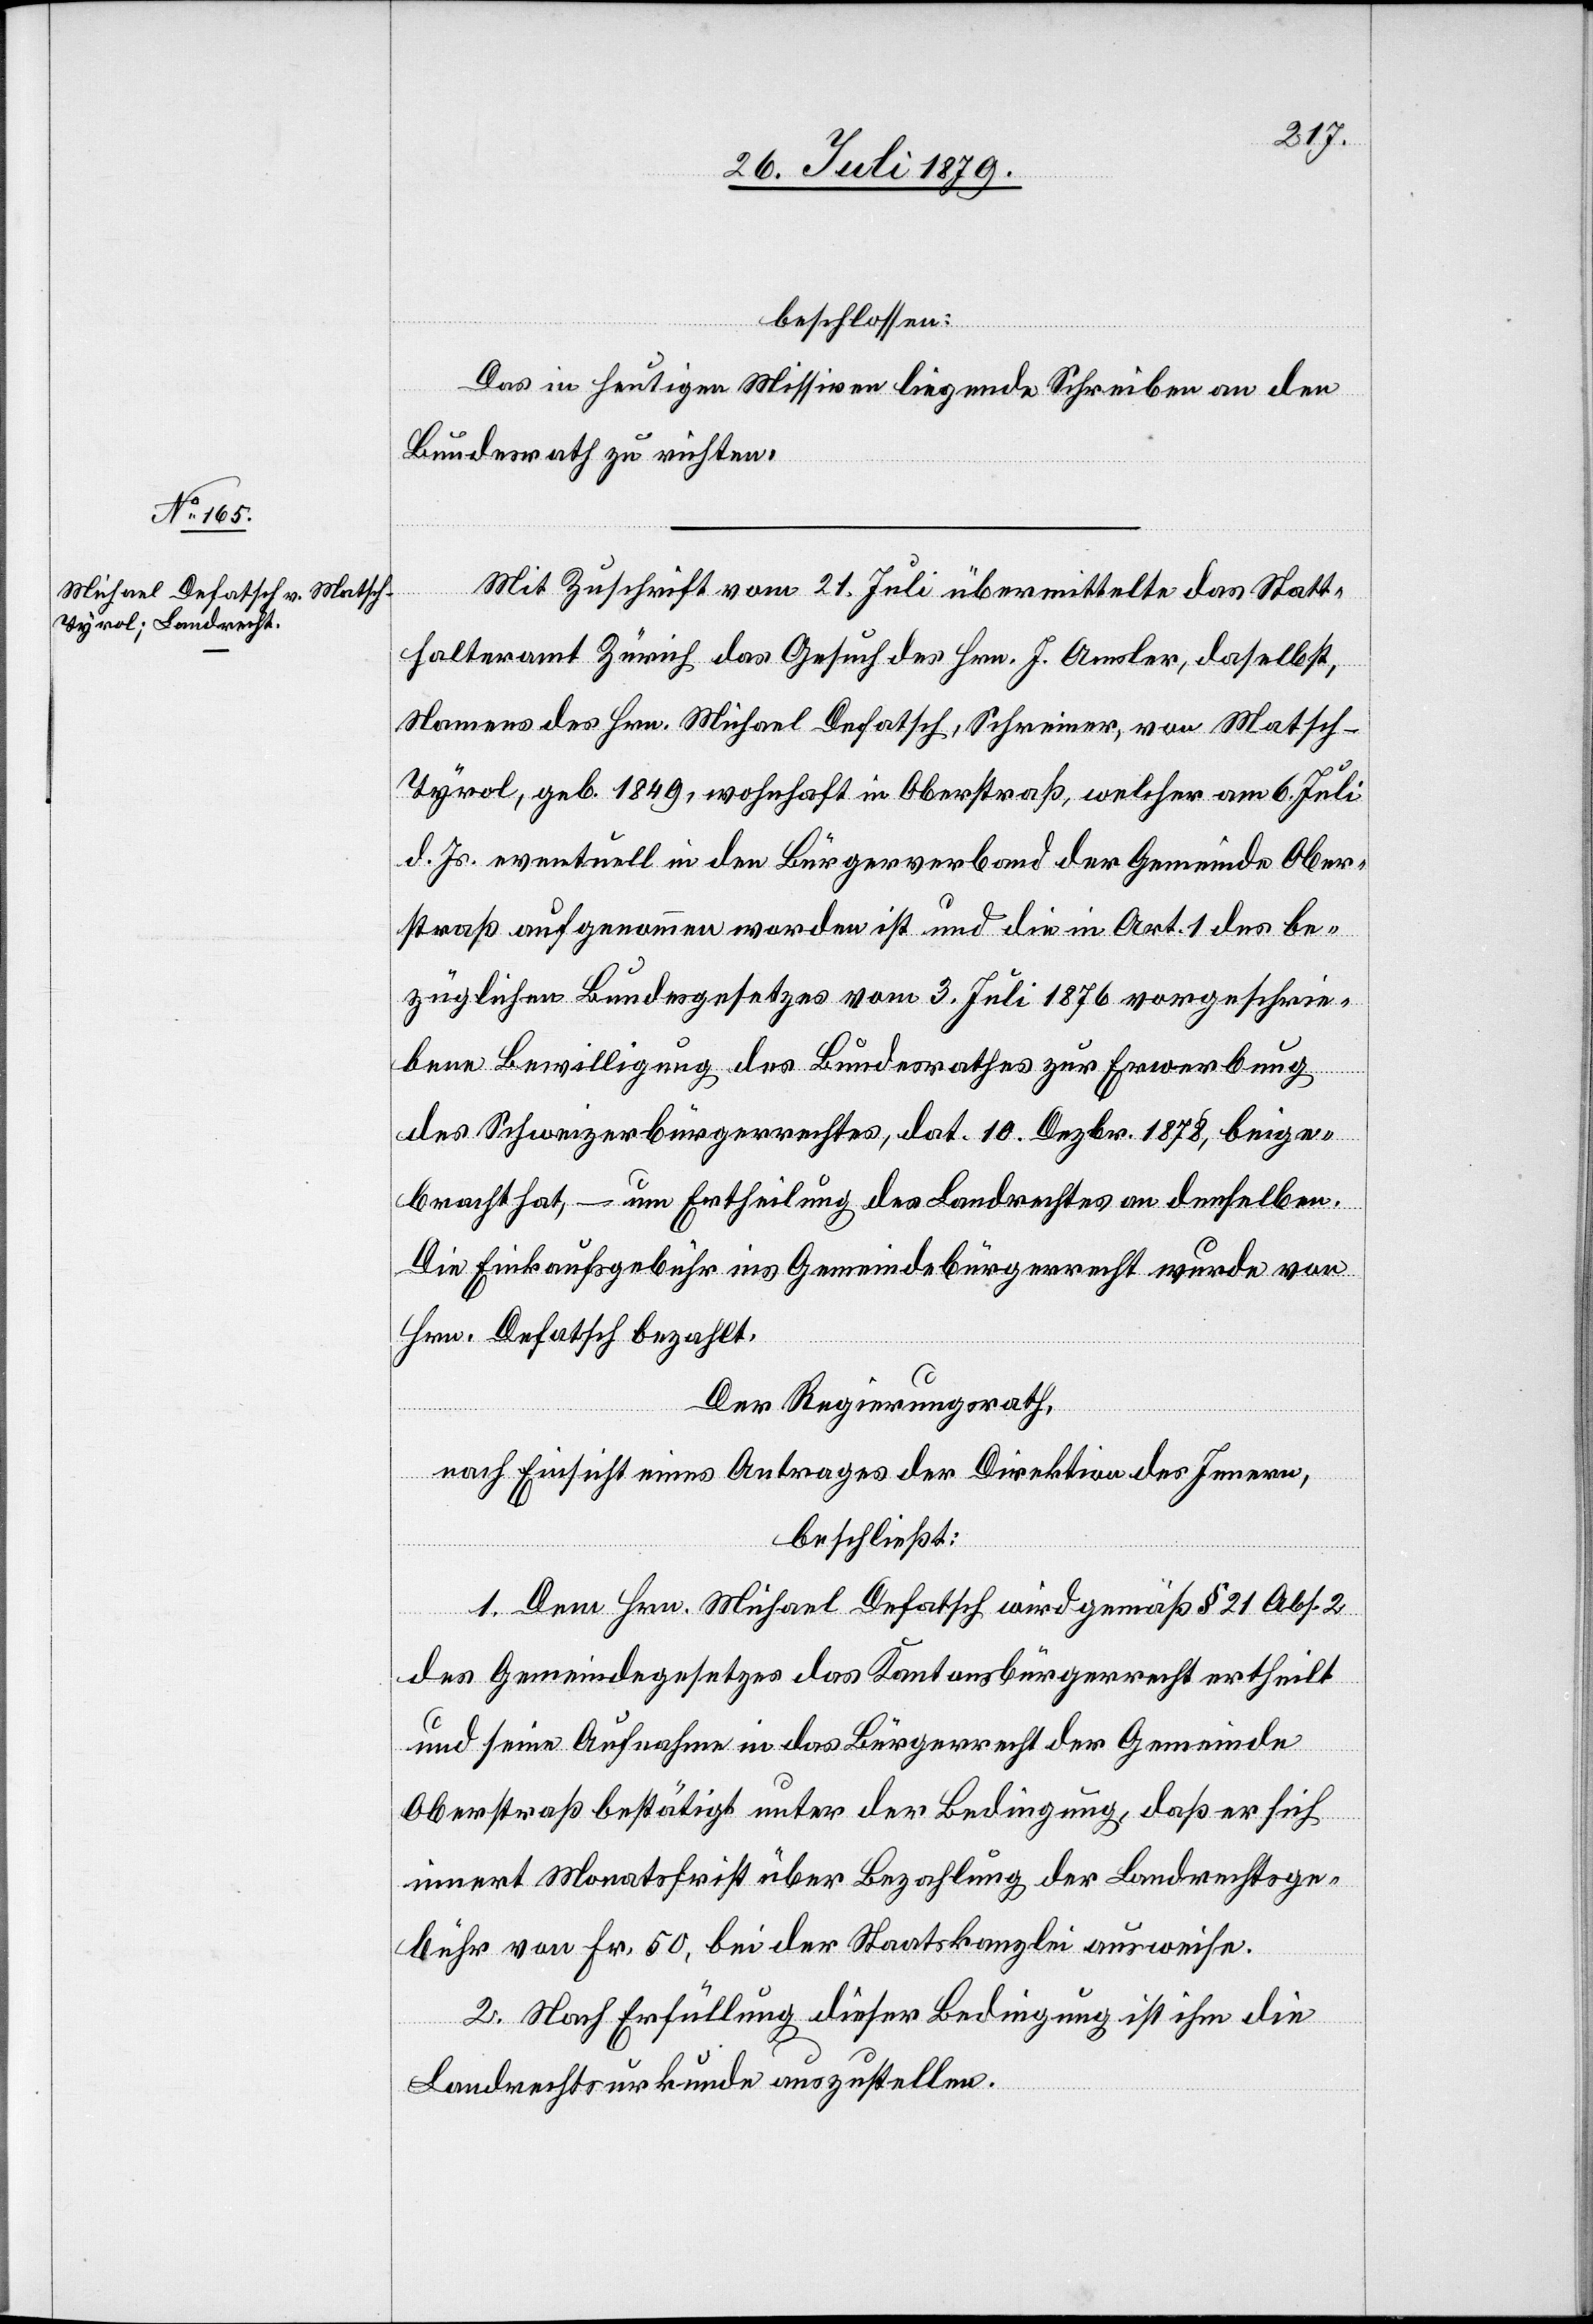
beschlossen:
Das in heutigen Missiven liegende Schreiben an den
Bundesrath zu richten.
Mit Zuschrift vom 21. Juli übermittelte das Statt¬
halteramt Zürich das Gesuch des Hrn. J. Amsler, daselbst,
Namens des Hrn. Michael Defatsch, Schreiner, von Matsch -
Tyrol, geb. 1849, wohnhaft in Oberstraß, welcher am 6. Juli
d. Js. eventuell in den Bürgerverband der Gemeinde Ober¬
straß aufgenommen worden ist und die in Art. 1 des be¬
züglichen Bundesgesetzes vom 3. Juli 1876 vorgeschrie¬
bene Bewilligung des Bundesrathes zur Erwerbung
des Schweizerbürgerrechtes, dat. 10. Dezbr. 1878, beige¬
bracht hat, – um Ertheilung des Landrechtes an denselben.
Die Einkaufsgebühr ins Gemeindebürgerrecht wurde von
Hrn. Defatsch bezahlt.
Der Regierungsrath,
nach Einsicht eines Antrages der Direktion des Innern,
beschließt:
1. Dem Hrn. Michael Defatsch wird gemäß § 21 Abs. 2
des Gemeindegesetzes das Kantonsbürgerrecht ertheilt
und seine Aufnahme in das Bürgerrecht der Gemeinde
Oberstraß bestätigt unter der Bedingung, daß er sich
innert Monatsfrist über Bezahlung der Landrechtsge¬
bühr von Fr. 50, bei der Staatskanzlei ausweise.
2. Nach Erfüllung dieser Bedingung ist ihm die
Landrechtsurkunde auszustellen.